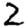
Digit: 2